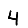
Digit: 4